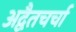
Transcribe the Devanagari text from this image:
अद्वैतचर्चा